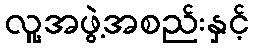
လူ့အဖွဲ့အစည်းနှင့်